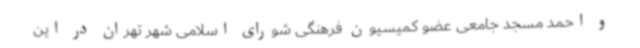
و احمد مسجد جامعی عضو کمیسیون فرهنگی شورای اسلامی شهر تهران در این